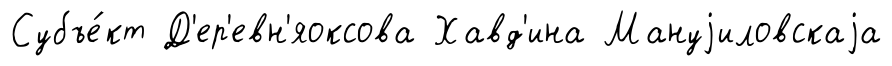
Субъе́кт Д'ер'евн'яоксова Хавд'ина Мануjиловскаjа